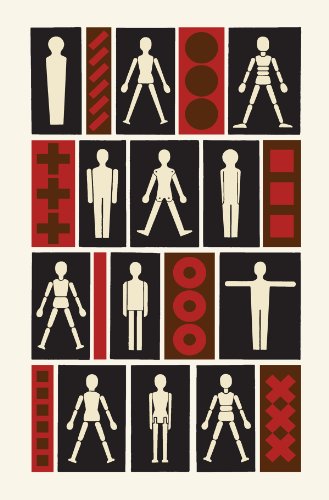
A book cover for The Puppet and the Modern; Marie JirÃ¡skovÃ¡; Crafts, Hobbies & Home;